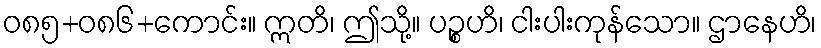
ဝ၈၅+၀၈၆+ကောင်း။ ဣတိ၊ ဤသို့။ ပဉ္စဟိ၊ ငါးပါးကုန်သော။ ဌာနေဟိ၊